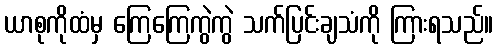
ယာစုကိုထံမှ ကြေကြေကွဲကွဲ သက်ပြင်းချသံကို ကြားရသည်။